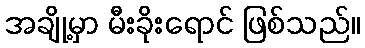
အချို့မှာ မီးခိုးရောင် ဖြစ်သည်။